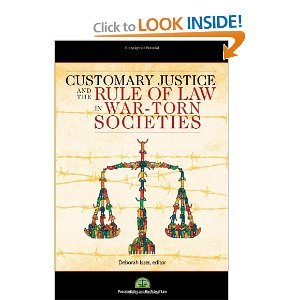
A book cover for Customary Justice and the Rule of Law in Wartorn Societies byIsser; Isser; Law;